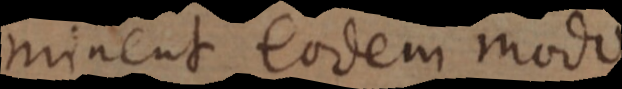
minent eodem modo